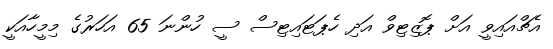
އެޗްއައިވީ އަށް ޕޮޒިޓިވް އަދި ހެޕަޓައިޓިސް ސީ ހުންނަ 65 އަހަރުގެ މިމީހާއަކީ